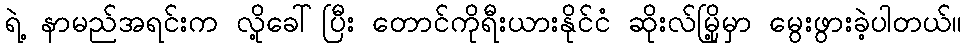
ရဲ့ နာမည်အရင်းက လို့ခေါ်ပြီး တောင်ကိုရီးယားနိုင်ငံ ဆိုးလ်မြို့မှာ မွေးဖွားခဲ့ပါတယ်။